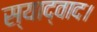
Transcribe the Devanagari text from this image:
स्याद्वाद।